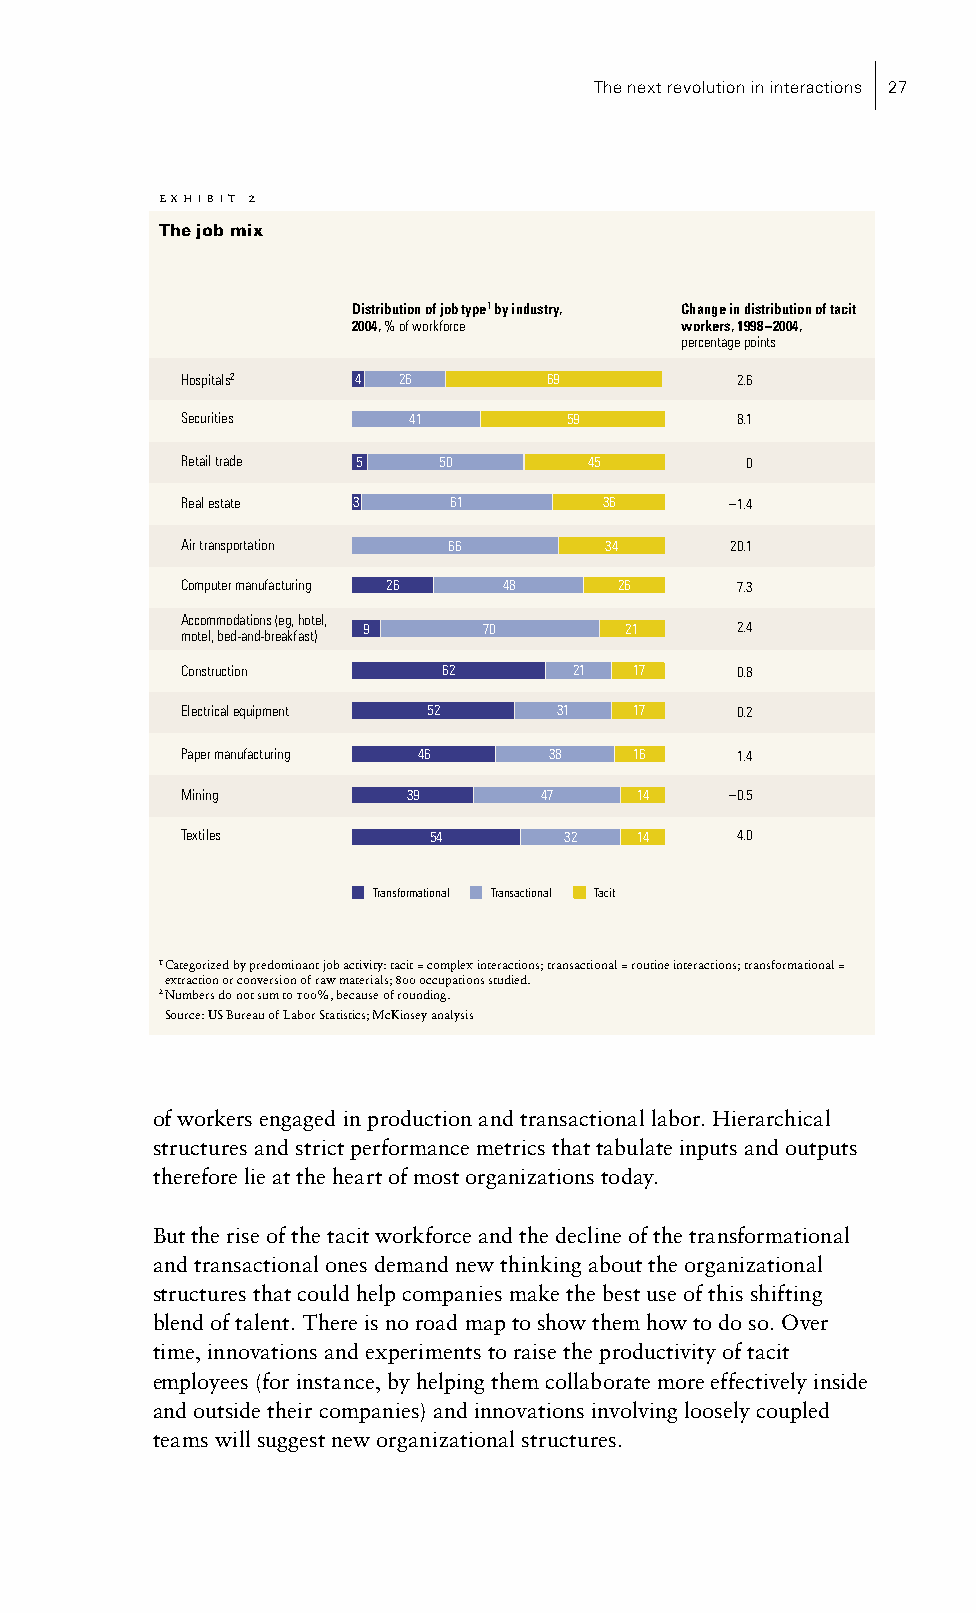
��
 ������������
 ��������������               The next revolution in interactions 27
 ����������������������������������������
 ���������
 �����������
 ��������������������������������������� ��������������������������������
 ��������������������  ��������������������
 �����������������
 ���������� �  ��        ��           ���
 ����������     ��        ��          ���
 ������������ �   ��        ��        �
 ������������ �    ��        ��      ����
 ������������������ ��       ��      ����
 ���������������������� �� �� ��      ���
 ���������������������������
 �       ��       ��      ���
 �������������������������
 ������������     ��       ��  ��     ���
 �������������������� ��  ��   ��     ���
 ������������������� ��  ��    ��     ���
 ������         ��       ��    ��    ����
 ��������        ��       ��   ��     ���
 ���������������� ������������� �����
 ����������������������������������������������������������������������������������������������������������������������������������
 �������������������������������������������������������������������
 ��������������������������������������������������
 ��������������������������������������������������������
 of workers engaged in production and transactional labor. Hierarchical
 structures and strict performance metrics that tabulate inputs and outputs
 therefore lie at the heart of most organizations today.
 But the rise of the tacit workforce and the decline of the transformational
 and transactional ones demand new thinking about the organizational
 structures that could help companies make the best use of this shifting
 blend of talent. There is no road map to show them how to do so. Over
 time, innovations and experiments to raise the productivity of tacit
 employees (for instance, by helping them collaborate more effectively inside
 and outside their companies) and innovations involving loosely coupled
 teams will suggest new organizational structures.